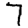
Digit: 7